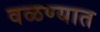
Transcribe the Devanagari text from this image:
वळण्यात